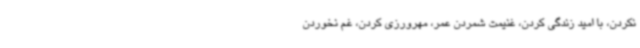
نکردن، با امید زندگی کردن، غنیمت شمردن عمر، مهرورزی کردن، غم نخوردن